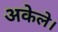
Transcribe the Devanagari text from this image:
अकेले।